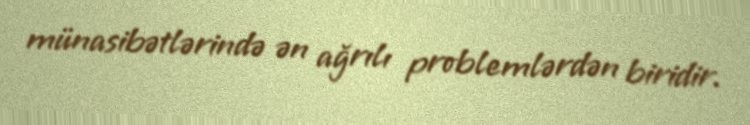
münasibətlərində ən ağrılı problemlərdən biridir.